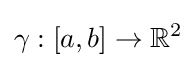
\gamma :[a,b]\to \mathbb {R} ^{2}